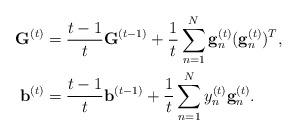
LaTeX: \begin{align*}\mathbf{G}^{(t)} & =\frac{t-1}{t}\mathbf{G}^{(t-1)}+\frac{1}{t}\sum_{n=1}^{N}\mathbf{g}_{n}^{(t)}(\mathbf{g}_{n}^{(t)})^{T},\\\mathbf{b}^{(t)} & =\frac{t-1}{t}\mathbf{b}^{(t-1)}+\frac{1}{t}\sum_{n=1}^{N}y_{n}^{(t)}\mathbf{g}_{n}^{(t)}.\end{align*}